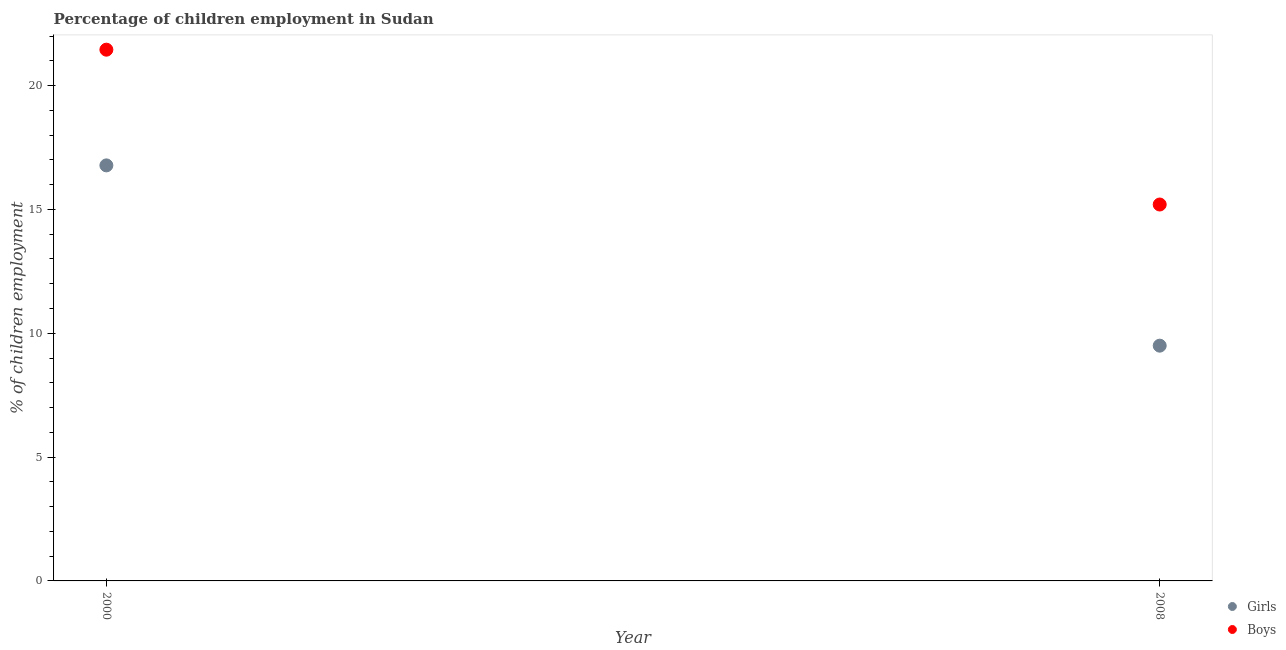
| Year | Girls | Boys |
 | --- | --- | --- |
 | 2000 | 16.8 | 21.5 |
 | 2008 | 9.5 | 15.2 |